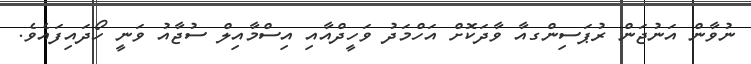
ނުވާން އަނުޖަން ރުޕަސިންގއާ ވާދަކޮށް އަހްމަދު ވަހީދްއާއި އިސްމާއިލް ސުޖާއު ވަނީ ހޯދައިފައެވެ.